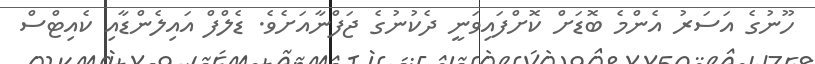
ހޫނުގެ އަސަރު އެންމެ ބޮޑަށް ކޮށްފައިވަނީ ދެކުނުގެ ޖަފްނާއަށެެވެ. ޑެލްފް އައިލެންޑާއި ކެއިޓްސް